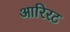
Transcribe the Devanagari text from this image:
आरिरट